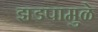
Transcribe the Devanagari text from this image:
झडपामुळे